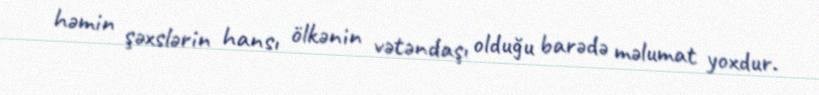
həmin şəxslərin hansı ölkənin vətəndaşı olduğu barədə məlumat yoxdur.